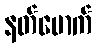
နတ်မောက်